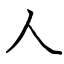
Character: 人